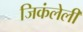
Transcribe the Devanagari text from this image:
जिकंलेली